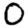
Digit: 0